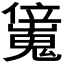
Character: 𠑖